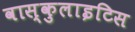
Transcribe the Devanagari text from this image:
वास्कुलाइटिस